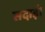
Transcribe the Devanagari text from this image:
सदाई।